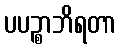
ပပဉ္စာဘိရတာ